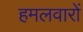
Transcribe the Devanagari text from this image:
हमलवारों